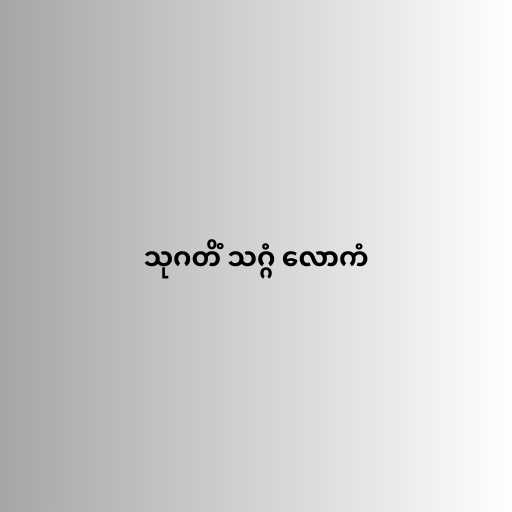
သုဂတိံ သဂ္ဂံ လောကံ